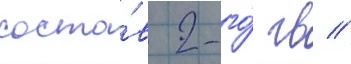
соста́в 2-го́ гв //